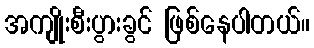
အကျိုးစီးပွားခွင် ဖြစ်နေပါတယ်။